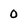
Character: 0